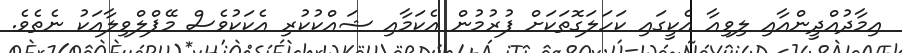
އިމާދުއްދީންއާއި ލިވިއާ އެކީގައި ކަހަލަގޮތަކަށް ފުރުމުން އެކަމާއި ޝައްކުކުރި އެކަކުވެސް މޭޕްލްވިލާއަކު ނެތެވެ.